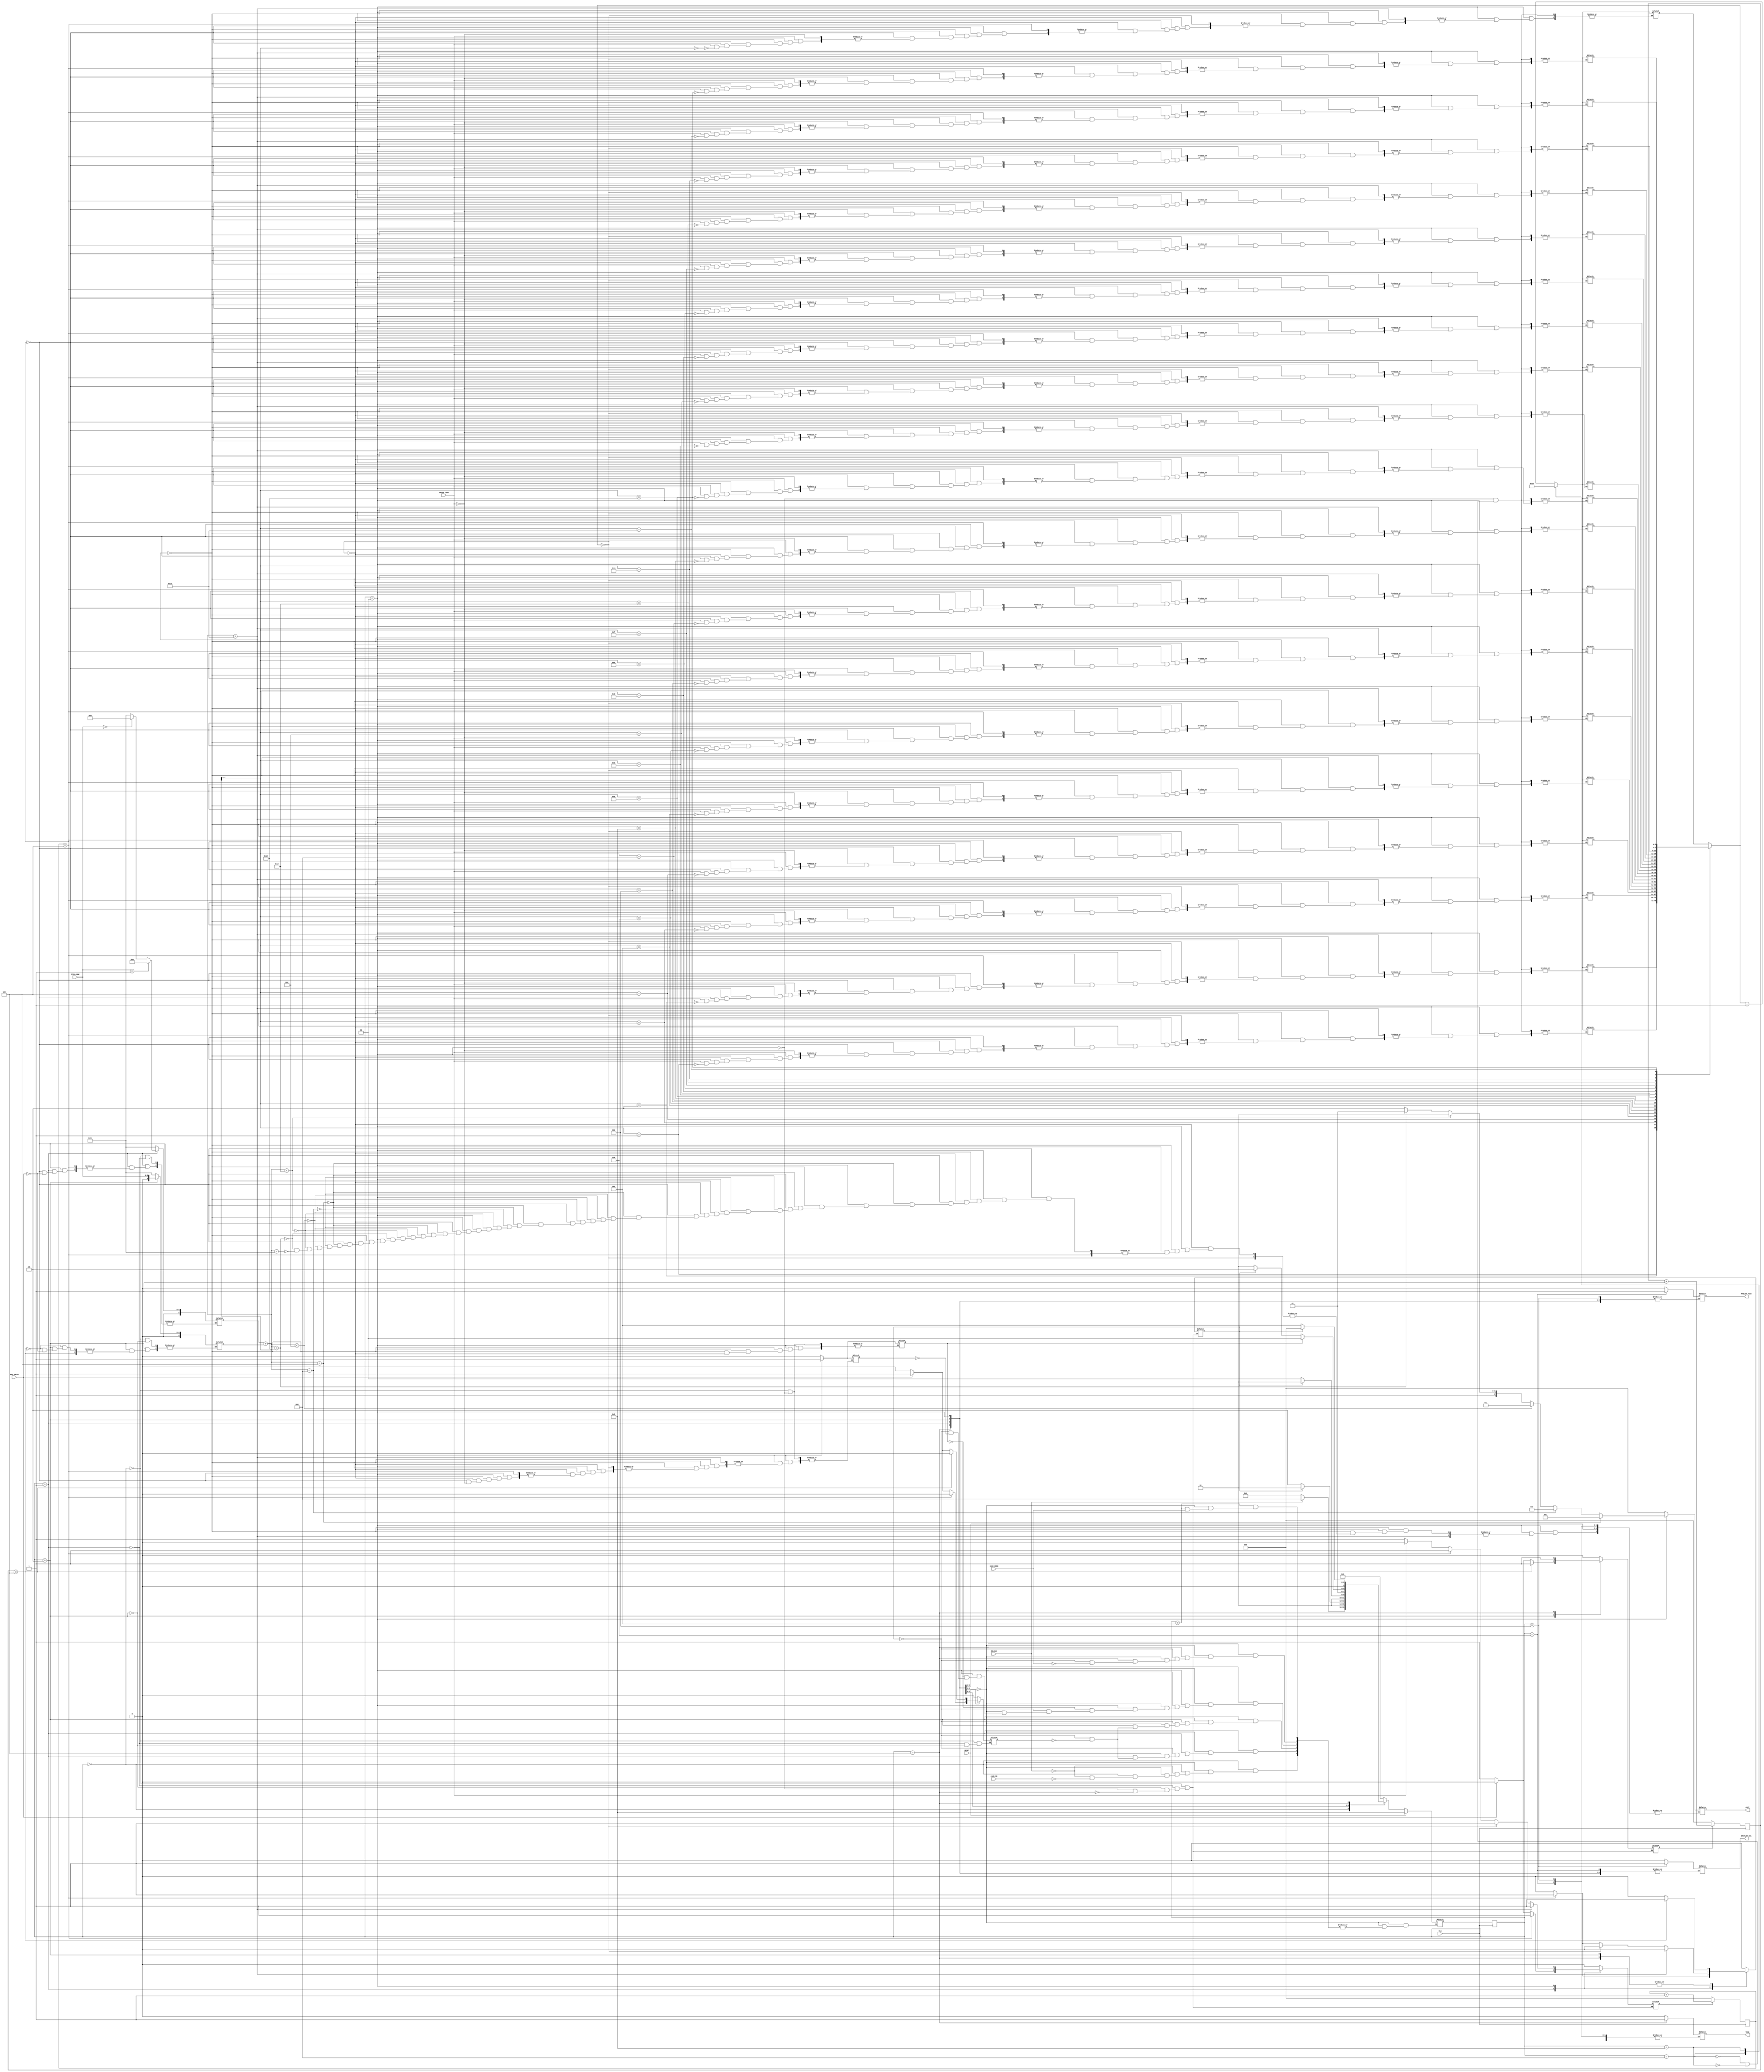
`timescale 1ns / 1ps
//////////////////////////////////////////////////////////////////////////////////
// Company: 
// 
// Design Name: 
// Module Name:    vending_machine 
// Project Name: 	 Project3
// Target Devices: 
// Tool versions: 
// Description: 
//
// Dependencies: 
//
// Revision: 
// Revision 0.01 - File Created
// Additional Comments: 
//
//////////////////////////////////////////////////////////////////////////////////
module vending_machine( 
    input CLK,
    input RESET,
    input RELOAD,
    input CARD_IN,
    input [3:0] ITEM_CODE,
    input KEY_PRESS,
    input VALID_TRAN,
    input DOOR_OPEN,
    output reg VEND,
    output reg INVALID_SEL,
    output reg [2:0] COST,
    output reg FAILED_TRAN
    );
	 
	 // declare states
	 parameter IDLE = 4'd0;
	 parameter GET_CODE1 = 4'd1;
	 parameter GET_CODE2 = 4'd2;
	 parameter CHECK_CODE_CARD = 4'd3;
	 parameter WAIT_DOOR_OPEN = 4'd4;
	 parameter WAIT_DOOR_CLOSE = 4'd5;
	 parameter BAD_CARD = 4'd6;
	 parameter BAD_CODE = 4'd7;
	 parameter RLD = 4'd8;
	 parameter RST = 4'd9;
	 
	 reg [3:0] current_state;
	 reg [3:0] next_state;
	 
	 reg [3:0] item_counter[19:0];
  	 reg [5:0] item_code1;
  	 reg [5:0] item_code2;
	 reg [5:0] item_code_dec;
	 reg start_timer;
	 reg start_timer2;
	 reg [2:0] timer;
	 reg [2:0] timer2;
	 reg count;
	 reg bad_code; 
  	 reg timeout;
	 reg key_in;
	 reg valid;
	 
	 integer i;
	 	 
	 // always block for state updates: sequential - triggered by clock
	 always@(posedge CLK) current_state <= next_state;
	 
	 // always block to time 5 cycles for GET_CODE1 and CHECK_CODE_CARD
	 always @ (posedge CLK)
    		begin
		if (start_timer)
			timer <= timer + 1'b1;
		else
			timer <= 3'b0;		
	 	end
	 
	 // always block to time 5 cycles for GET_CODE2 and WAIT_DOOR_OPEN
	 always @ (posedge CLK)
    		begin
		if (start_timer2)
			timer2 <= timer2 + 1'b1;
		else
			timer2 <= 3'b0;		
	 	end
		
	 // always block to decide next_state : combinational- triggered by state/input 
	 always @(*)
		if (RESET) 
         		next_state = RST;
	   	else case(current_state)
			IDLE: 
				begin
				if (RELOAD)
					next_state = RLD;
				else if (CARD_IN)
					next_state = GET_CODE1;
				end
			GET_CODE1: 
				begin
            			if (timeout == 1'd1) 
					next_state = IDLE;
            			else if (key_in == 1'b1)
					next_state = GET_CODE2;
				end
			GET_CODE2: 
				begin
				if (timeout == 1'd1) 
					next_state = IDLE;
				else if (key_in == 1'b1)
					next_state = CHECK_CODE_CARD;
				end
			CHECK_CODE_CARD: 
				begin
				if (bad_code == 1'b1)
					next_state = BAD_CODE;
            			else if (timeout == 1'b1)
					next_state = BAD_CARD;
				else if (valid)
					next_state = WAIT_DOOR_OPEN;
				end	
			WAIT_DOOR_OPEN:
				begin
				if (timeout == 1'b1)
					next_state = IDLE;
				else if (DOOR_OPEN)
					next_state = WAIT_DOOR_CLOSE;
				end
			WAIT_DOOR_CLOSE: 
				begin
				if (~DOOR_OPEN)
					next_state = IDLE;
				end
			default: 
				begin
				next_state = IDLE;
				end
			endcase
		
		//always block to decide outputs : triggered by state/inputs; can be comb/seq.
		always @(*)
			case(current_state)
				IDLE: 
					begin
					item_code1 = 5'd20;
					item_code2 = 5'd20;
					item_code_dec = 5'b0;
					bad_code = 1'b0;
					start_timer = 1'b0;
					start_timer2 = 1'b0;
					timeout = 1'b0;
					key_in = 1'b0;
					valid = 1'b0;
					
					VEND = 1'b0;
					INVALID_SEL = 1'b0;
					COST = 4'b0;
					FAILED_TRAN = 1'b0;
               				end
				GET_CODE1: 
					begin
					start_timer = 1'b1;
					start_timer2 = 1'b0;
					timeout = 1'b0;
					key_in = 1'b0;
					
					if (timer == 3'd4) 
						timeout = 1'b1;
					else if (KEY_PRESS)
						begin
						key_in = 1'b1;
						start_timer = 1'b0;
						if (ITEM_CODE == 4'b1)
							item_code1 = 5'd10;
						else if (ITEM_CODE == 4'b0)
							item_code1 = 5'd0;
						else
							item_code1 = 5'd20;
						end
					end
				GET_CODE2:  
					begin
					start_timer2 = 1'b1;
					start_timer = 1'b0;
					timeout = 1'b0;
					key_in = 1'b0;
					
					if (timer2 == 3'd4) 
						timeout = 1'b1;
					else if (KEY_PRESS)
						begin
						key_in = 1'b1;
						start_timer2 = 1'b0;
						item_code2 = {1'b0, ITEM_CODE};
						end
					end
				CHECK_CODE_CARD:
					begin
					start_timer = 1'b1;
					start_timer2 = 1'b0;
					timeout = 1'b0;
					item_code_dec = item_code1 + item_code2;
					
					// checks if code is valid or if there are 0 snacks
					// also checks if timer expired
					if (item_code_dec > 5'd19) 
						bad_code = 1'b1;
					else if (item_counter[item_code_dec] == 1'b0)
						bad_code = 1'b1;
					else if (timer == 3'd4)
						timeout = 1'b1;
					else 
						begin
						if (item_code_dec < 4)
							COST = 4'd1;
						else if (item_code_dec < 8)
							COST = 4'd2;
						else if (item_code_dec < 12)
							COST = 4'd3;
						else if (item_code_dec < 16)
							COST = 4'd4;
						else if (item_code_dec < 18)
							COST = 4'd5;
						else if (item_code_dec < 20)
							COST = 4'd6;
                      
						if (VALID_TRAN) 
							begin
							item_counter[item_code_dec] = item_counter[item_code_dec] - 1'b1;
							start_timer = 1'b0;
							valid = 1'b1;
							end
						end
					end
				BAD_CARD:
					FAILED_TRAN = 1'b1;
				BAD_CODE: 
					INVALID_SEL = 1'b1;
				WAIT_DOOR_OPEN: 
					begin
					VEND = 1'b1;
					timeout = 1'b0;
					start_timer2 = 1'b1;
					start_timer = 1'b0;
					if (timer2 == 3'd4) 
						timeout = 1'b1; 
					end
				RLD: 
					begin
					/*set all snack counters to 10*/
					for (i = 0; i < 20; i=i+1)
						item_counter[i] = 4'd10;
					VEND = 1'b0;
					INVALID_SEL = 1'b0;
					COST = 4'b0;
					FAILED_TRAN = 1'b0;
					end
				RST: 
					begin
					/*set all item counters and outputs set to 0*/
					for (i = 0; i < 20; i=i+1)
						item_counter[i] = 4'd0;
					VEND = 1'b0;
					INVALID_SEL = 1'b0;
					COST = 4'b0;
					FAILED_TRAN = 1'b0;
					end
				default: 
					begin
					VEND = 1'b0;
					INVALID_SEL = 1'b0;
					COST = 4'b0;
					FAILED_TRAN = 1'b0;
					end
			endcase
endmodule